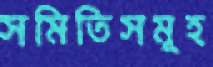
সমিতিসমূহ